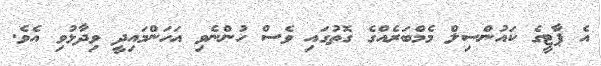
އެ ޕާޓީގެ ކައުންސިލް މެމްބަރެއްގެ ގޮތުގައި ވެސް ހުންނެވި އަހަންމައިދީ ވިދާޅުވި އެވެ.